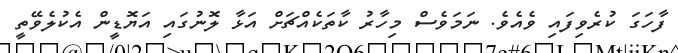
ފާހަގަ ކުރެވިފައި ވެއެވެ. ނަމަވެސް މިހާރު ކާތަކެއްޗަށް އަޅާ ލޮނުގައި އަޔޮޑީން އެކުލެވޭތީ